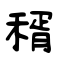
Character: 稰